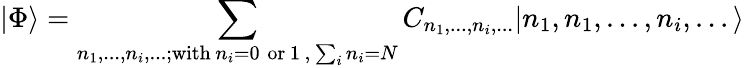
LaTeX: |\Phi\rangle=\sum_{n_{1},...,n_{i},...;\mathrm{with}\, n_{i}=0\; \mathrm{or}\, 1\, ,\, \sum_{i}n_{i}=N}C_{n_{1},...,n_{i},...}|n_{1},n_{1},...,n_{i},...\rangle